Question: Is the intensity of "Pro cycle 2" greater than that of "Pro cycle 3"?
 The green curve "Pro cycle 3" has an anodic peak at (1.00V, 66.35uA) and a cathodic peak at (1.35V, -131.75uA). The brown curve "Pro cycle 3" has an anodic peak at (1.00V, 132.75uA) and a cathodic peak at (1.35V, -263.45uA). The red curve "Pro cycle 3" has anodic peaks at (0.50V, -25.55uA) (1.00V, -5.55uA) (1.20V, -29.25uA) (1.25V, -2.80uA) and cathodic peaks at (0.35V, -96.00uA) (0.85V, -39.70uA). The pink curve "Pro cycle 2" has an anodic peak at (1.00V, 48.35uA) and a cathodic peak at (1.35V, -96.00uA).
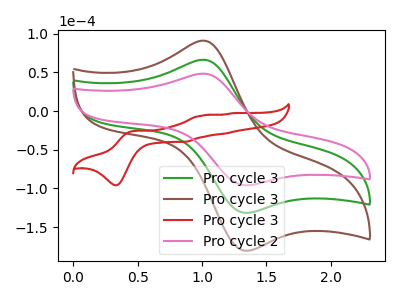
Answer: <think>All the peaks in "Pro cycle 2" have a peak in "Pro cycle 3" at the same potential. Every peak in "Pro cycle 2" is lower than every peak in "Pro cycle 3".
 </think>
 <answer>"Pro cycle 2" has less signal than "Pro cycle 3".</answer>
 <eval>less_signal</eval>